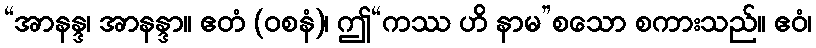
“အာနန္ဒ၊ အာနန္ဒာ။ ဧတံ (ဝစနံ)၊ ဤ“ကဿ ဟိ နာမ”စသော စကားသည်။ ဧဝံ၊